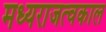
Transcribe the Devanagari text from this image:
मध्यराजत्वकाल